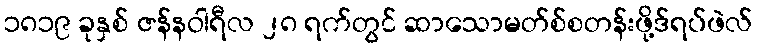
၁၈၁၉ ခုနှစ် ဇန်နဝါရီလ ၂၈ ရက်တွင် ဆာသောမတ်စ်စတန်းဖို့ဒ်ရပ်ဖဲလ်